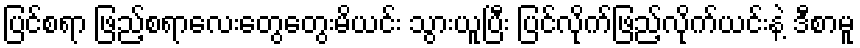
ပြင်စရာ ဖြည့်စရာလေးတွေတွေးမိယင်း သွားယူပြီး ပြင်လိုက်ဖြည့်လိုက်ယင်းနဲ့ ဒီစာမူ